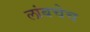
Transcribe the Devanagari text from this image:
लांबचेच